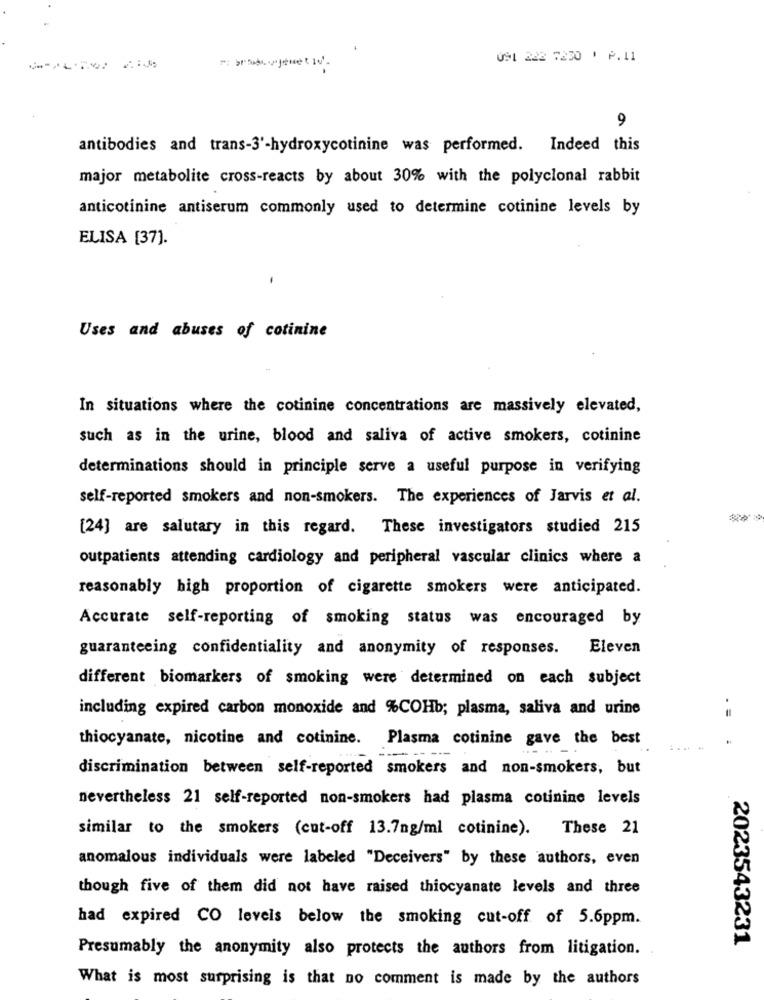
091 222 7230 1 P.11
----
9
antibodies and trans-3'-hydroxycotinine was performed. Indeed this
major metabolite cross-reacts by about 30% with the polyclonal rabbit
anticotinine antiserum commonly used to determine cotinine levels by
ELISA [37].
Uses and abuses of cotinine
In situations where the cotinine concentrations are massively elevated,
such as in the urine, blood and saliva of active smokers, cotinine
determinations should in principle serve a useful purpose in verifying
self-reported smokers and non-smokers. The experiences of Jarvis et al.
[24] are salutary in this regard. These investigators studied 215
outpatients attending cardiology and peripheral vascular clinics where a
reasonably high proportion of cigarette smokers were anticipated.
Accurate self-reporting of smoking status was encouraged by
guaranteeing confidentiality and anonymity of responses.
Eleven
different biomarkers of smoking were determined on each subject
including expired carbon monoxide and %COHb; plasma, saliva and urine
=
thiocyanate, nicotine and cotinine. Plasma cotinine gave the best
discrimination between self-reported smokers and non-smokers, but
nevertheless 21 self-reported non-smokers had plasma cotinine levels
similar to the smokers (cut-off 13.7ng/ml cotinine).
These 21
anomalous individuals were labeled "Deceivers" by these authors, even
though five of them did not have raised thiocyanate levels and three
had expired CO levels below the smoking cut-off of 5.6ppm.
2023543231
Presumably the anonymity also protects the authors from litigation.
What is most surprising is that no comment is made by the authors